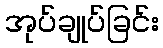
အုပ်ချုပ်ခြင်း